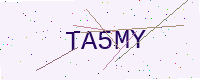
Text: TA5MY